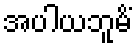
အပါယဘူမိံ